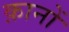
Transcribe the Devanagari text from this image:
क़ानों